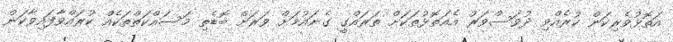
އަތޮޅުވެރިކަން ކުރެއްވި ދުވަސްވަރު އެއަތޮޅުތަކަށް ތަރައްގީ ގެނައުމަށް ވަރަށް ބޮޑެތި މަސައްކަތްތަކެއް ކުރައްވާފައިވާކަން